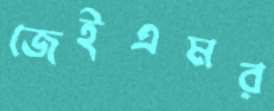
জেইএমর